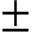
\pm